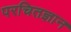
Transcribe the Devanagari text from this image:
परचितज्ञान